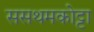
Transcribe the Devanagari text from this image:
ससथमकोट्टा